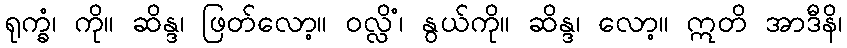
ရုက္ခံ၊ ကို။ ဆိန္ဒ၊ ဖြတ်လော့။ ဝလ္လိံ၊ နွယ်ကို။ ဆိန္ဒ၊ လော့။ ဣတိ အာဒီနိ၊